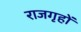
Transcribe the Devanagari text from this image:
राजगृहों